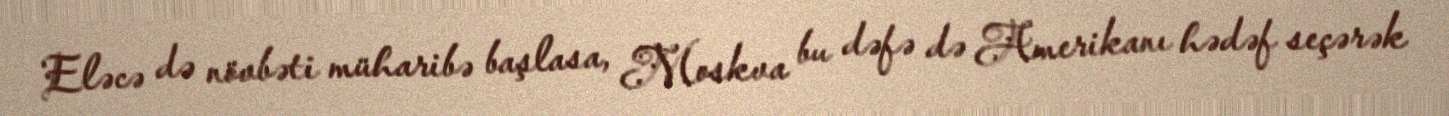
Eləcə də növbəti müharibə başlasa, Moskva bu dəfə də Amerikanı hədəf seçərək